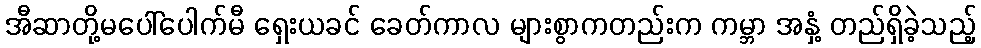
အီဆာတို့မပေါ်ပေါက်မီ ရှေးယခင် ခေတ်ကာလ များစွာကတည်းက ကမ္ဘာ အနှံ့ တည်ရှိခဲ့သည့်